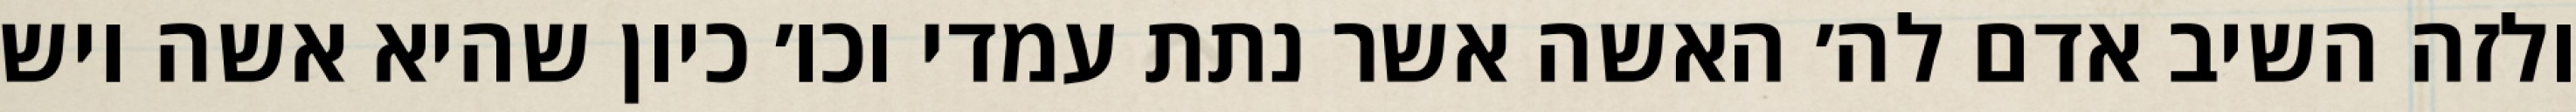
ולזה השיב אדם לה׳ האשה אשר נתת עמדי וכו׳ כיון שהיא אשה ויש